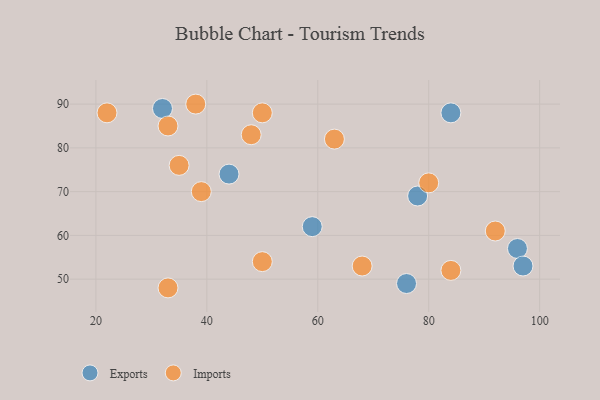
{"axis": {"x": "GDP", "y": "Life Expectancy"}, "legend": ["Exports", "Imports"], "data": [{"x": "76", "y": 49, "type": "Exports"}, {"x": "32", "y": 89, "type": "Exports"}, {"x": "44", "y": 74, "type": "Exports"}, {"x": "84", "y": 88, "type": "Exports"}, {"x": "96", "y": 57, "type": "Exports"}, {"x": "97", "y": 53, "type": "Exports"}, {"x": "78", "y": 69, "type": "Exports"}, {"x": "59", "y": 62, "type": "Exports"}, {"x": "63", "y": 82, "type": "Imports"}, {"x": "38", "y": 90, "type": "Imports"}, {"x": "80", "y": 72, "type": "Imports"}, {"x": "35", "y": 76, "type": "Imports"}, {"x": "84", "y": 52, "type": "Imports"}, {"x": "50", "y": 54, "type": "Imports"}, {"x": "39", "y": 70, "type": "Imports"}, {"x": "48", "y": 83, "type": "Imports"}, {"x": "33", "y": 85, "type": "Imports"}, {"x": "68", "y": 53, "type": "Imports"}, {"x": "50", "y": 88, "type": "Imports"}, {"x": "33", "y": 48, "type": "Imports"}, {"x": "22", "y": 88, "type": "Imports"}, {"x": "92", "y": 61, "type": "Imports"}]}